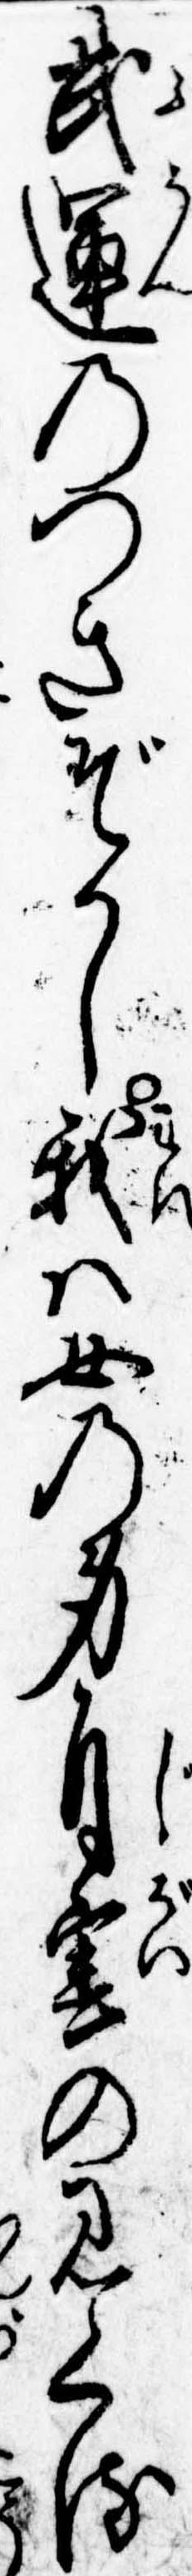
武運のつきぞかし我は女の身自害の見くる